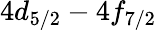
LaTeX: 4d_{5/2}-4f_{7/2}